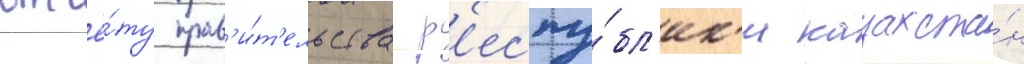
отчё́ту прав'и́т'ельства р'еспу́бл'ик'и казахста́н